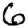
Digit: 6